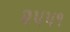
૨૫૫૧